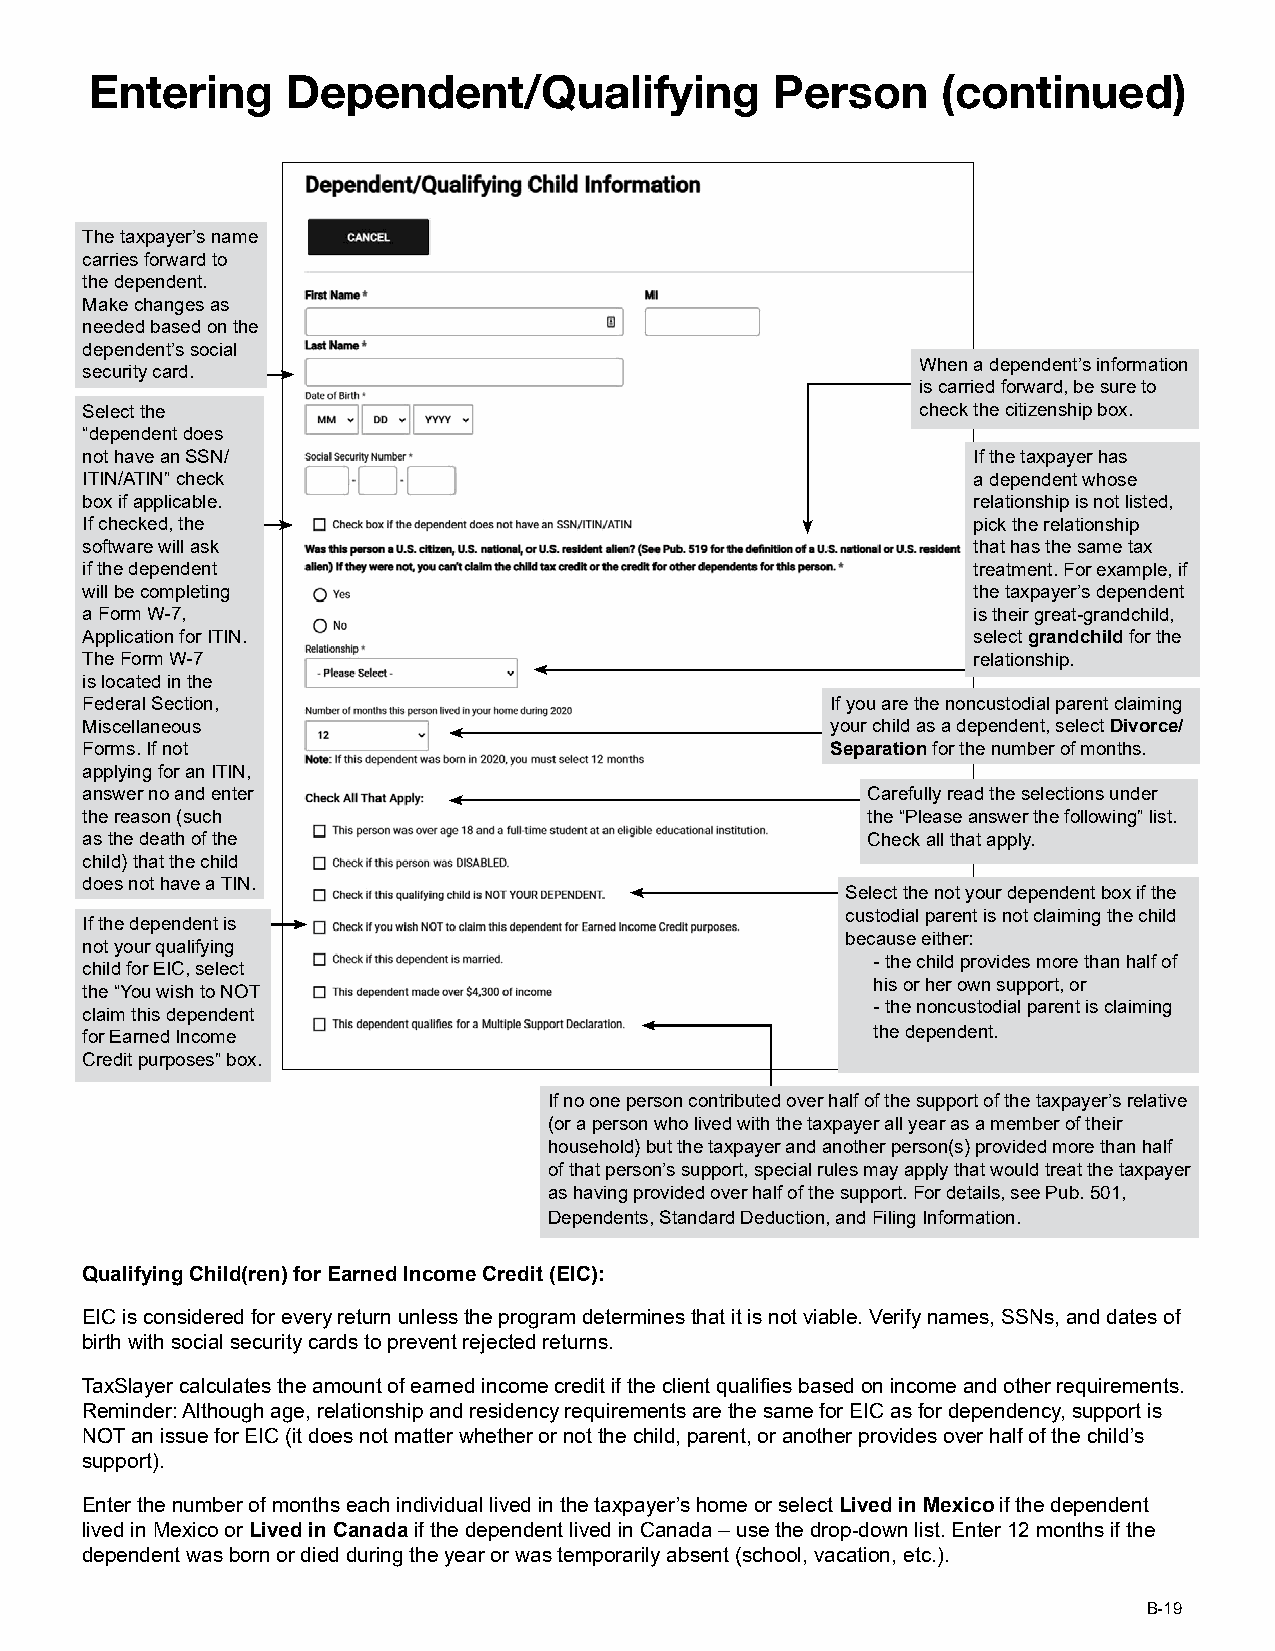
Entering     Dependent/Qualifying            Person     (continued)
 The taxpayer’s name
 carries forward to
 the dependent.
 Make changes as
 needed based on the
 dependent’s social
 When a dependent’s information
 security card.
 is carried forward, be sure to
 Select the                                              check the citizenship box.
 “dependent does
 not have an SSN/                                           If the taxpayer has
 ITIN/ATIN” check                                           a dependent whose
 box if applicable.                                         relationship is not listed,
 If checked, the                                            pick the relationship
 software will ask                                          that has the same tax
 if the dependent                                           treatment. For example, if
 will be completing                                         the taxpayer’s dependent
 a Form W-7,                                                is their great-grandchild,
 Application for ITIN.                                      select grandchild for the
 The Form W-7                                               relationship.
 is located in the
 Federal Section,                                  If you are the noncustodial parent claiming
 Miscellaneous                                     your child as a dependent, select Divorce/
 Forms. If not                                     Separation for the number of months.
 applying for an ITIN,
 answer no and enter                                 Carefully read the selections under
 the reason (such                                    the “Please answer the following” list.
 as the death of the                                 Check all that apply.
 child) that the child
 does not have a TIN.
 Select the not your dependent box if the
 custodial parent is not claiming the child
 If the dependent is
 because either:
 not your qualifying
 - the child provides more than half of
 child for EIC, select
 his or her own support, or
 the “You wish to NOT
 - the noncustodial parent is claiming
 claim this dependent
 for Earned Income                                    the dependent.
 Credit purposes” box.
 If no one person contributed over half of the support of the taxpayer’s relative
 (or a person who lived with the taxpayer all year as a member of their
 household) but the taxpayer and another person(s) provided more than half
 of that person’s support, special rules may apply that would treat the taxpayer
 as having provided over half of the support. For details, see Pub. 501,
 Dependents, Standard Deduction, and Filing Information.
 Qualifying Child(ren) for Earned Income Credit (EIC):
 EIC is considered for every return unless the program determines that it is not viable. Verify names, SSNs, and dates of
 birth with social security cards to prevent rejected returns.
 TaxSlayer calculates the amount of earned income credit if the client qualifies based on income and other requirements.
 Reminder: Although age, relationship and residency requirements are the same for EIC as for dependency, support is
 NOT an issue for EIC (it does not matter whether or not the child, parent, or another provides over half of the child’s
 support).
 Enter the number of months each individual lived in the taxpayer’s home or select Lived in Mexico if the dependent
 lived in Mexico or Lived in Canada if the dependent lived in Canada – use the drop-down list. Enter 12 months if the
 dependent was born or died during the year or was temporarily absent (school, vacation, etc.).
 B-19